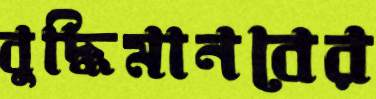
বুদ্ধিমানবের